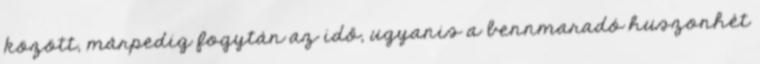
között, márpedig fogytán az idő, ugyanis a bennmaradó huszonhét